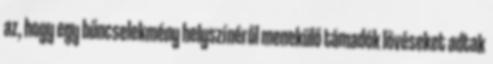
az, hogy egy bűncselekmény helyszínéről menekülő támadók lövéseket adtak